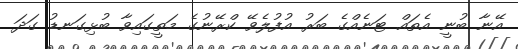
އޭނާ ބުނީ އެތައް ޓަނެއްގެ ބަރު އުފުލެވޭ ކްރޭނުގެ މަތީގައިވާ ބުޅިގަނޑު ގަދަ